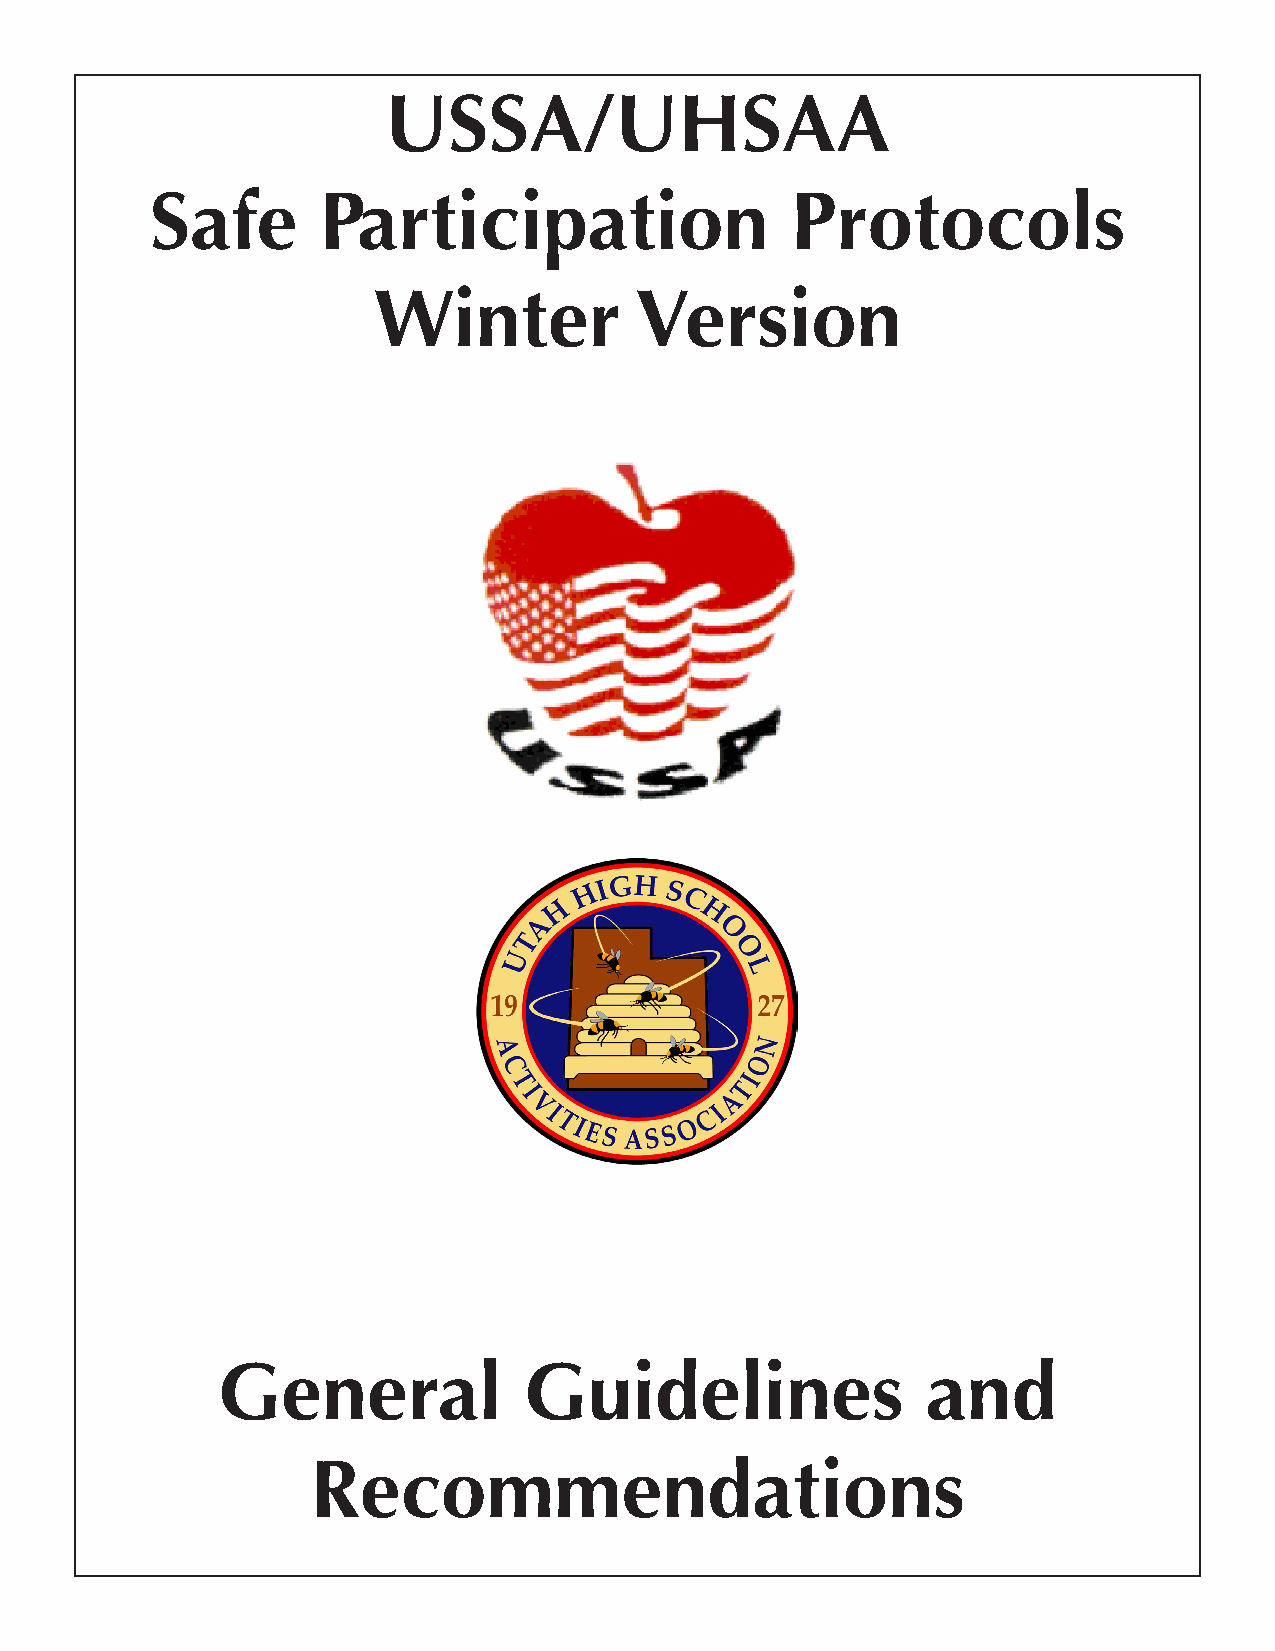
USSA/UHSAA
 Safe       Participation                  Protocols
 Winter           Version
 General              Guidelines                and
 Recommendations